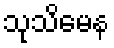
သုသိမေန